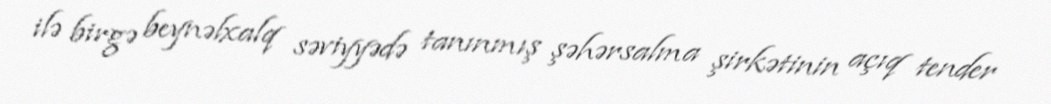
ilə birgə beynəlxalq səviyyədə tanınmış şəhərsalma şirkətinin açıq tender